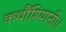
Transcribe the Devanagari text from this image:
कथौंगियानी।।